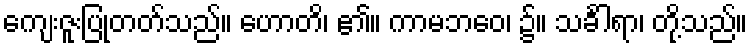
ကျေးဇူးပြုတတ်သည်။ ဟောတိ၊ ၏။ ကာမဘဝေ၊ ၌။ သင်္ခါရာ၊ တို့သည်။